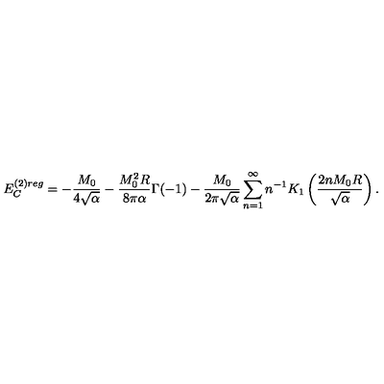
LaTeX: E _ { C } ^ { ( 2 ) r e g } = - \frac { M _ { 0 } } { 4 \sqrt { \alpha } } - \frac { M _ { 0 } ^ { 2 } R } { 8 \pi \alpha } \Gamma ( - 1 ) - \frac { M _ { 0 } } { 2 \pi \sqrt { \alpha } } \sum _ { n = 1 } ^ { \infty } n ^ { - 1 } K _ { 1 } \left( \frac { 2 n M _ { 0 } R } { \sqrt { \alpha } } \right) .